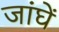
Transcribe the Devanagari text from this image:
जांघें